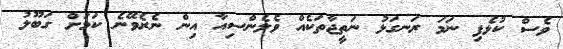
ވެސް ކުޅެފި ނަމަ ރަނގަޅު ނަތީޖާތަކެއް ވެލެންސިއާ އިން ނެރެވޭނެ ކަމަށް ގަބޫލު